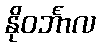
နိုဝင်္ဘာလ